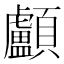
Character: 顱